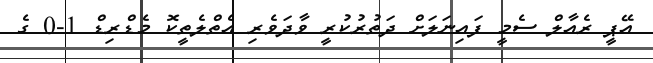
އޭޕީ ރެއާލް ސެމީ ފައިނަލަށް ދަތުރުކުރީ ވާދަވެރި އެތްލެތީކޮ މެޑްރިޑް 1-0 ގެ